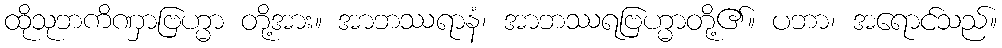
ထိုသုဘကိဏှာဗြဟ္မာ တို့အား။ အာဘဿရာနံ၊ အာဘဿရဗြဟ္မာတို့၏။ ပဘာ၊ အရောင်သည်။